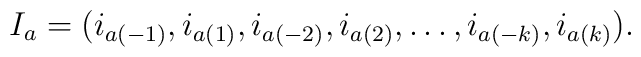
I_a = (i_{a(-1)}, i_{a(1)}, i_{a(-2)}, i_{a(2)}, \ldots, i_{a(-k)}, i_{a(k)}).